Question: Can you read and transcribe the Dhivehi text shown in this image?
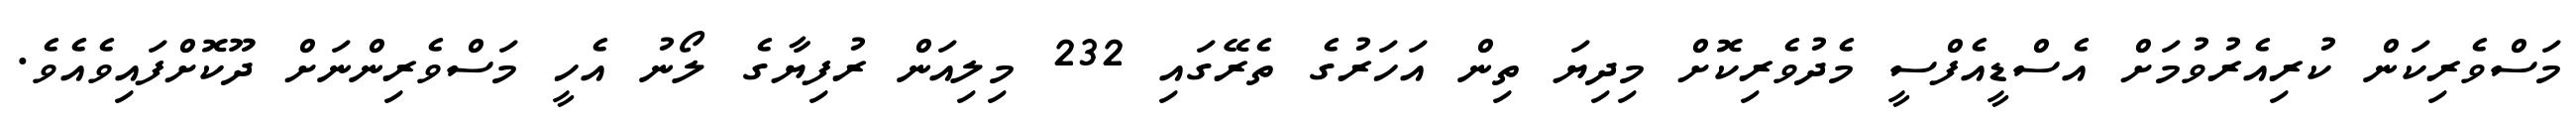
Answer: މަސްވެރިކަން ކުރިއެރުވުމަށް އެސްޑީއެފްސީ މެދުވެރިކޮށް މިދިޔަ ތިން އަހަރުގެ ތެރޭގައި 232 މިލިއަން ރުފިޔާގެ ލޯނު އެހީ މަސްވެރިންނަށް ދޫކޮށްފައިވެއެވެ.